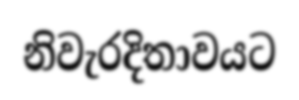
නිවැරදිතාවයට